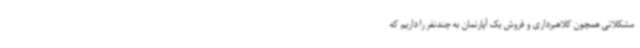
مشکلاتی همچون کلاهبرداری و فروش یک آپارتمان به چندنفر را داریم که